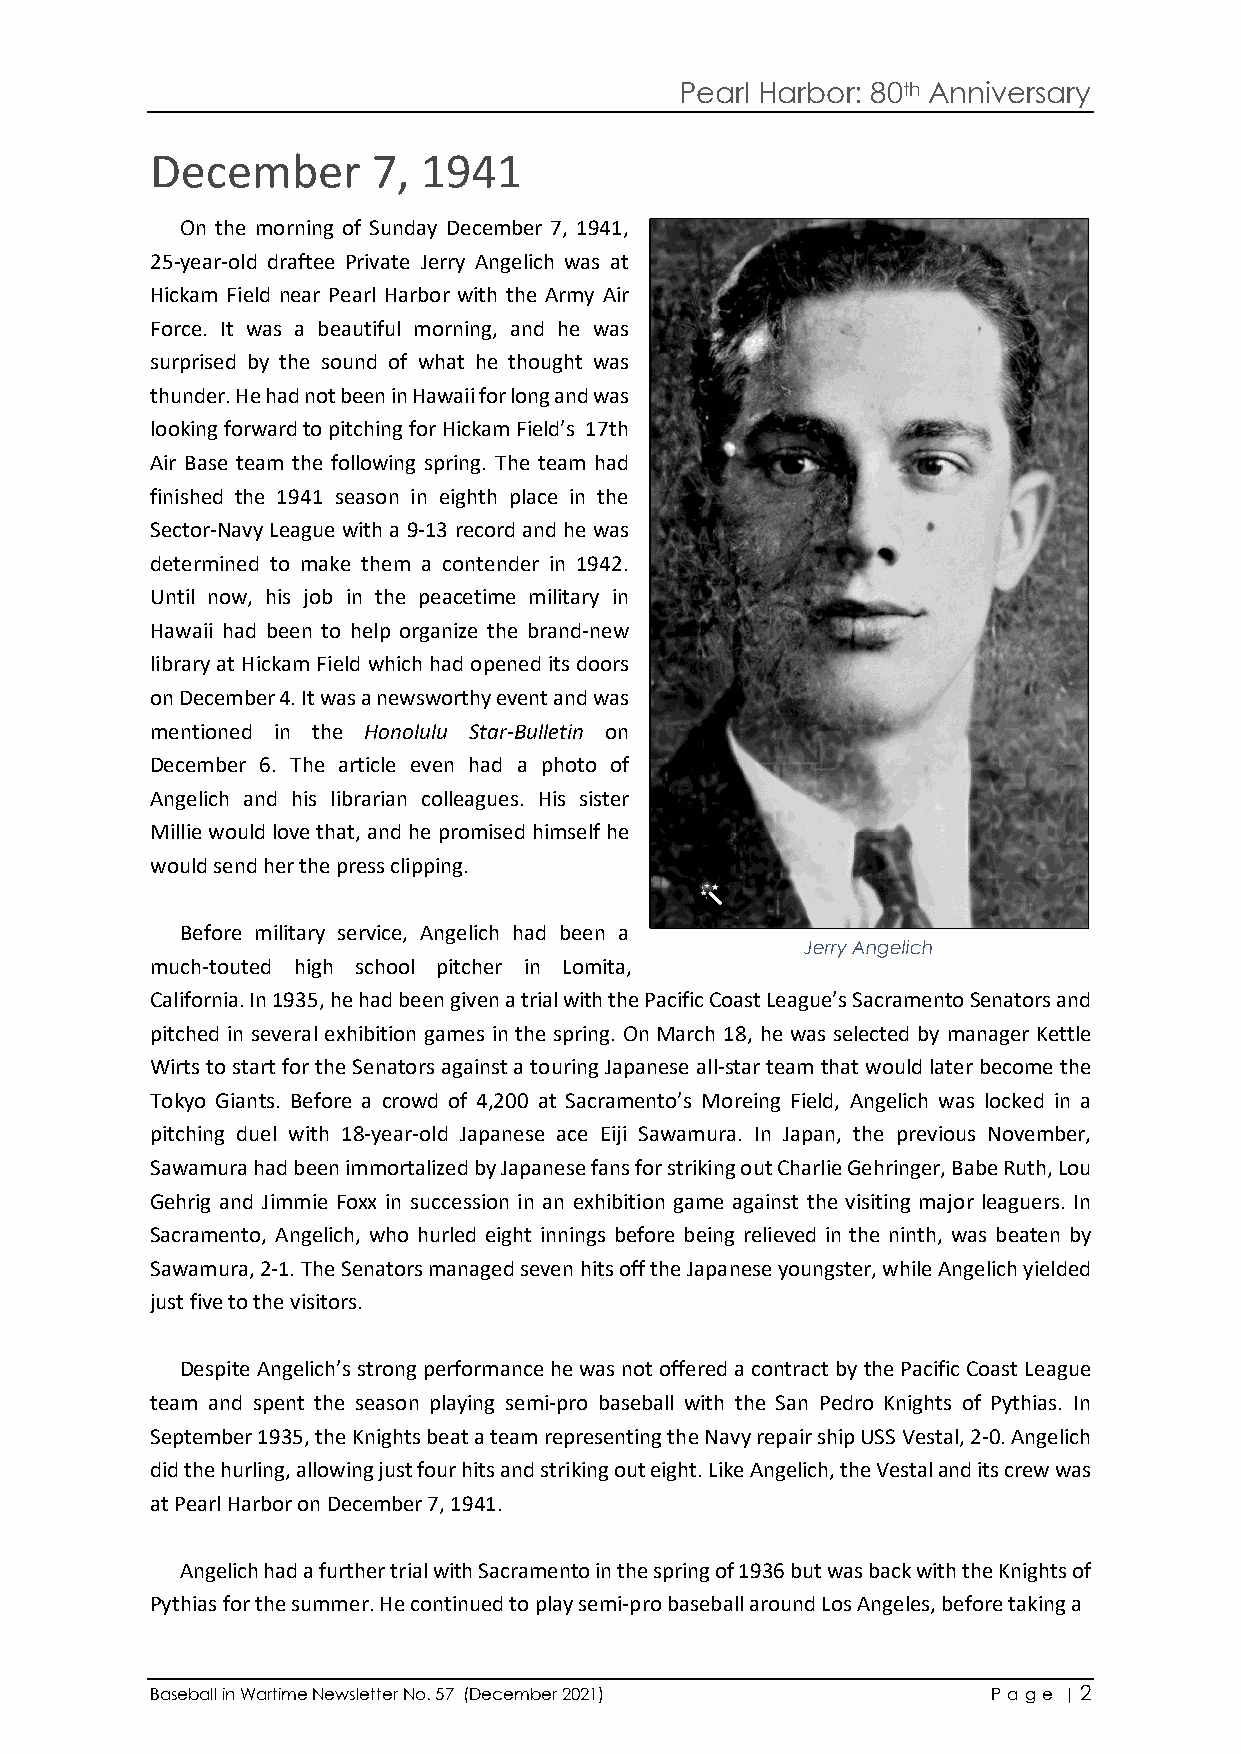
Pearl Harbor: 80th Anniversary
 December       7, 1941
 On the morning of Sunday December 7, 1941,
 25-year-old draftee Private Jerry Angelich was at
 Hickam Field near Pearl Harbor with the Army Air
 Force. It was a beautiful morning, and he was
 surprised by the sound of what he thought was
 thunder. He had not been in Hawaii for long and was
 looking forward to pitching for Hickam Field’s 17th
 Air Base team the following spring. The team had
 finished the 1941 season in eighth place in the
 Sector-Navy League with a 9-13 record and he was
 determined to make them a contender in 1942.
 Until now, his job in the peacetime military in
 Hawaii had been to help organize the brand-new
 library at Hickam Field which had opened its doors
 on December 4. It was a newsworthy event and was
 mentioned in the Honolulu Star-Bulletin on
 December 6. The article even had a photo of
 Angelich and his librarian colleagues. His sister
 Millie would love that, and he promised himself he
 would send her the press clipping.
 Before military service, Angelich had been a
 Jerry Angelich
 much-touted high school pitcher in Lomita,
 California. In 1935, he had been given a trial with the Pacific Coast League’s Sacramento Senators and
 pitched in several exhibition games in the spring. On March 18, he was selected by manager Kettle
 Wirts to start for the Senators against a touring Japanese all-star team that would later become the
 Tokyo Giants. Before a crowd of 4,200 at Sacramento’s Moreing Field, Angelich was locked in a
 pitching duel with 18-year-old Japanese ace Eiji Sawamura. In Japan, the previous November,
 Sawamura had been immortalized by Japanese fans for striking out Charlie Gehringer, Babe Ruth, Lou
 Gehrig and Jimmie Foxx in succession in an exhibition game against the visiting major leaguers. In
 Sacramento, Angelich, who hurled eight innings before being relieved in the ninth, was beaten by
 Sawamura, 2-1. The Senators managed seven hits off the Japanese youngster, while Angelich yielded
 just five to the visitors.
 Despite Angelich’s strong performance he was not offered a contract by the Pacific Coast League
 team and spent the season playing semi-pro baseball with the San Pedro Knights of Pythias. In
 September 1935, the Knights beat a team representing the Navy repair ship USS Vestal, 2-0. Angelich
 did the hurling, allowing just four hits and striking out eight. Like Angelich, the Vestal and its crew was
 at Pearl Harbor on December 7, 1941.
 Angelich had a further trial with Sacramento in the spring of 1936 but was back with the Knights of
 Pythias for the summer. He continued to play semi-pro baseball around Los Angeles, before taking a
 Baseball in Wartime Newsletter No. 57 (December 2021)   P a ge | 2